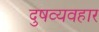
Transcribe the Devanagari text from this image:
दुषव्यवहार